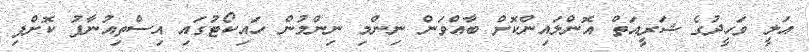
އަލީ ވަހީދުގެ ޝަރީއަތް އޮންލައިންކޮށް ބާއްވަން ނިންމި ނިންމުން ހައިކޯޓުގައި އިސްތިއުނާފު ކޮށްފި